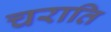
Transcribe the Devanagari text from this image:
चराति